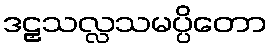
ဒဠှသလ္လသမပ္ပိတော